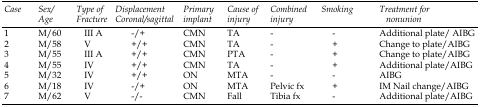
<table><thead><tr><td><b><i>Case</i></b></td><td><b><i>Sex/Age</i></b></td><td><b><i>Type of Fracture</i></b></td><td><b><i>Displacement Coronal/sagittal</i></b></td><td><b><i>Primary implant</i></b></td><td><b><i>Cause of injury</i></b></td><td><b><i>Combined injury</i></b></td><td><b><i>Smoking</i></b></td><td><b><i>Treatment for nonunion</i></b></td></tr></thead><tbody><tr><td>1</td><td>M/60</td><td> III A</td><td> -/+</td><td>CMN</td><td>TA</td><td>-</td><td>-</td><td>Additional plate/ AIBG</td></tr><tr><td>2</td><td>M/58</td><td> V</td><td> +/+</td><td>CMN</td><td>TA</td><td>-</td><td>+</td><td>Change to plate/AIBG</td></tr><tr><td>3</td><td>M/55</td><td> III A</td><td> +/+</td><td>CMN</td><td>PTA</td><td>-</td><td>+</td><td>Change to plate/AIBG</td></tr><tr><td>4</td><td>M/55</td><td> IV</td><td> +/+</td><td>CMN</td><td>TA</td><td>-</td><td>+</td><td>Additional plate/AIBG</td></tr><tr><td>5</td><td>M/32</td><td> IV</td><td> +/+</td><td>ON</td><td>MTA</td><td>-</td><td>-</td><td>AIBG</td></tr><tr><td>6</td><td>M/18</td><td> IV</td><td> -/+</td><td>ON</td><td>MTA</td><td>Pelvic fx</td><td>+</td><td>IM Nail change/AIBG</td></tr><tr><td>7</td><td>M/62</td><td> V</td><td> -/-</td><td>CMN</td><td>Fall</td><td>Tibia fx</td><td>-</td><td>Additional plate/AIBG</td></tr></tbody></table>